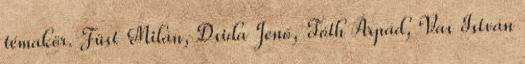
témakör. Füst Milán, Dsida Jenő, Tóth Árpád, Vas István